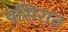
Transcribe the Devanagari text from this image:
पसिरात